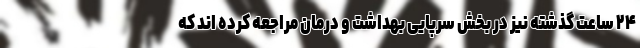
۲۴ ساعت گذشته نیز در بخش سرپایی بهداشت و درمان مراجعه کرده اند که